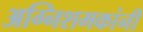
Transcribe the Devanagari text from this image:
अग्निशमकांनी